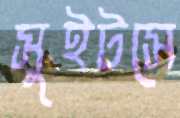
সুইটসে